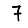
Digit: 7